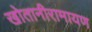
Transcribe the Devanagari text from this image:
खोतानीरामायण